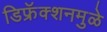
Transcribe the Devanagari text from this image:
डिफ्रॅक्शनमुळे